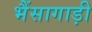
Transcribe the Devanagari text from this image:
भैंसागाड़ी